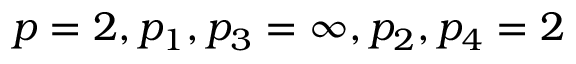
p = 2 , p _ { 1 } , p _ { 3 } = \infty , p _ { 2 } , p _ { 4 } = 2